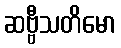
ဆဗ္ဗီသတိမော